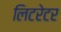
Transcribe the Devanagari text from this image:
लिटरेटर